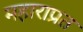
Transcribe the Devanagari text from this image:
महाराप्रत